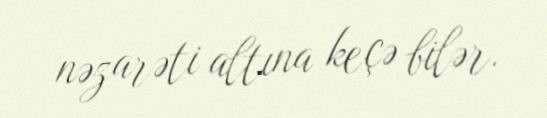
nəzarəti altına keçə bilər.